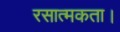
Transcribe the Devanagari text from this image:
रसात्मकता।